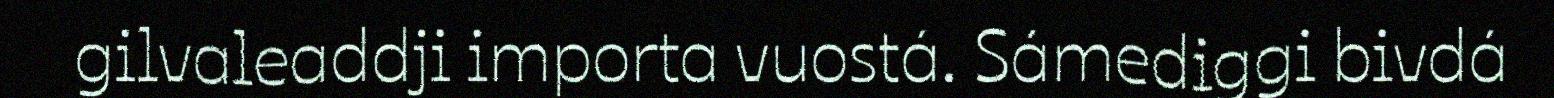
gilvaleaddji importa vuostá. Sámediggi bivdá